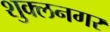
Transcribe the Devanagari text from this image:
शुक्लनगर